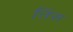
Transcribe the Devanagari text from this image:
तिंस